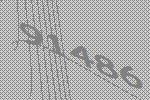
91486